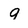
Character: 9